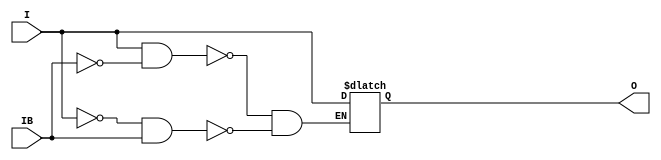
// $Header: /devl/xcs/repo/env/Databases/CAEInterfaces/xec_libs/data/unisims/IBUFDS_LVPECL_33.v,v 1.1 2005/05/10 01:20:04 wloo Exp $

/*

FUNCTION	: INPUT BUFFER

*/

`celldefine
`timescale  100 ps / 10 ps

module IBUFDS_LVPECL_33 (O, I, IB);

    output O;

    input  I, IB;

    reg o_out;

    buf b_0 (O, o_out);

    always @(I or IB) begin
	if (I == 1'b1 && IB == 1'b0)
	    o_out <= I;
	else if (I == 1'b0 && IB == 1'b1)
	    o_out <= I;
    end

endmodule